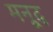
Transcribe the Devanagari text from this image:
मनूद